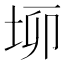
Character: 𡋫